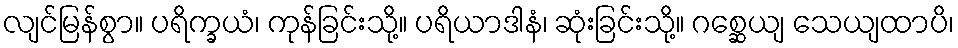
လျင်မြန်စွာ။ ပရိက္ခယံ၊ ကုန်ခြင်းသို့။ ပရိယာဒါနံ၊ ဆုံးခြင်းသို့။ ဂစ္ဆေယျ သေယျထာပိ၊